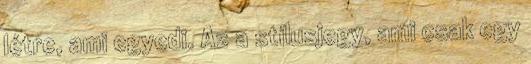
létre, ami egyedi. Az a stílusjegy, ami csak egy